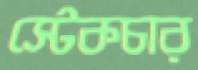
স্টেকচার